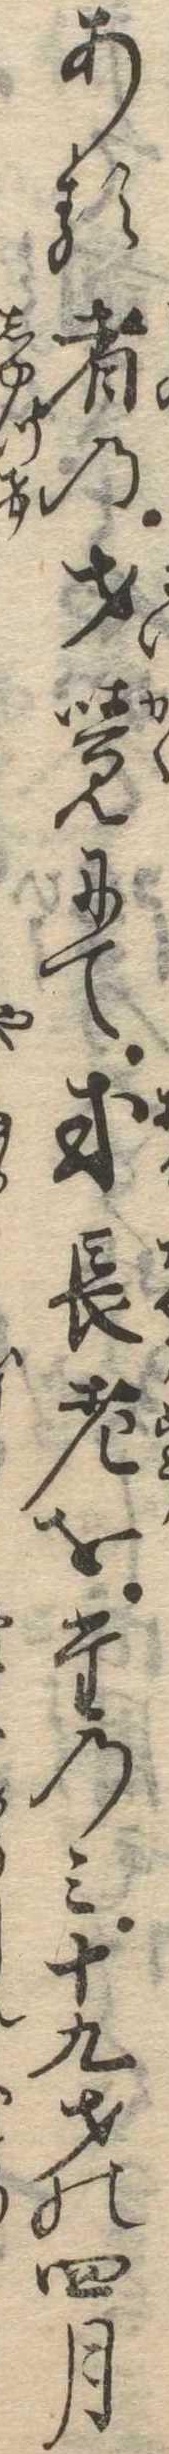
ある者の才覚にて或長老をたのみ十九才の四月